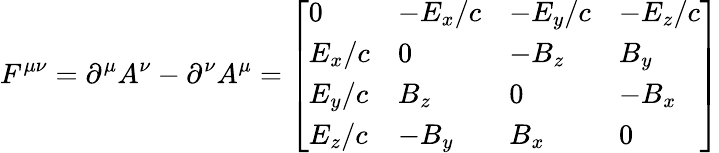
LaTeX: F^{\mu\nu}=\partial^{\mu}A^{\nu}-\partial^{\nu}A^{\mu}={\left[\begin{array}{llll}{0}&{-E_{x}/c}&{-E_{y}/c}&{-E_{z}/c}\\ {E_{x}/c}&{0}&{-B_{z}}&{B_{y}}\\ {E_{y}/c}&{B_{z}}&{0}&{-B_{x}}\\ {E_{z}/c}&{-B_{y}}&{B_{x}}&{0}\end{array}\right]}